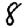
Digit: 8